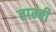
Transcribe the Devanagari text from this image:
ताम्बी